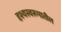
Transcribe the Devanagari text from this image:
दृश्यस्वरूपातील